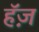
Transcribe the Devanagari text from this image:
हॅज़